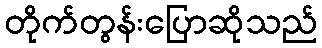
တိုက်တွန်းပြောဆိုသည်